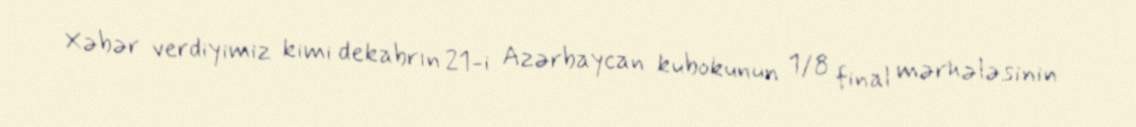
Xəbər verdiyimiz kimi dekabrın 21-i Azərbaycan kubokunun 1/8 final mərhələsinin